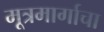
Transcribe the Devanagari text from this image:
मूत्रमार्गाचा